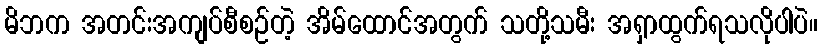
မိဘက အတင်းအကျပ်စီစဉ်တဲ့ အိမ်ထောင်အတွက် သတို့သမီး အရှာထွက်ရသလိုပါပဲ။